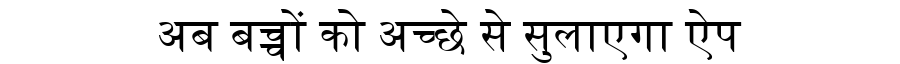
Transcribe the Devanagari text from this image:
अब बच्चों को अच्छे से सुलाएगा ऐप